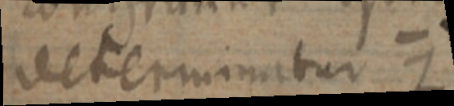
veterminatur Z